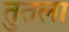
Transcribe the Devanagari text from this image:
तुतला